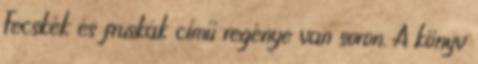
Fecskék és fruskák című regénye van soron. A könyv